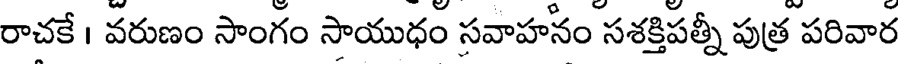
రాచకే । వరుణం సాంగం సాయుధం సవాహనం సశక్తిపత్నీ పుత్ర పరివార